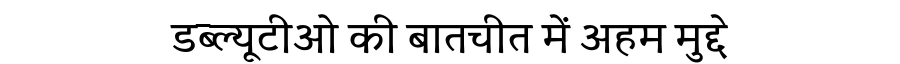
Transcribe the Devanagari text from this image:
डब्ल्यूटीओ की बातचीत में अहम मुद्दे